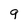
Character: 9